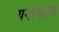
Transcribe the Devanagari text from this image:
यनामोमो